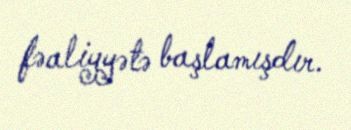
fəaliyyətə başlamışdır.